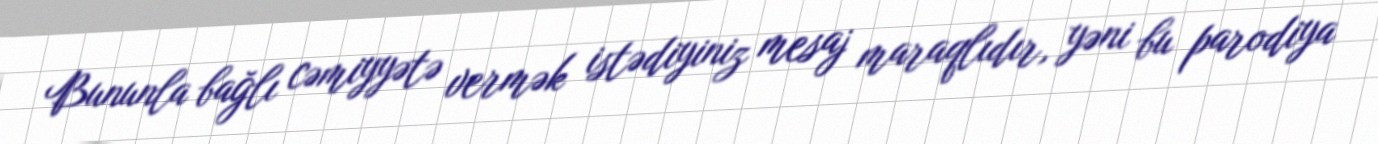
Bununla bağlı cəmiyyətə vermək istədiyiniz mesaj maraqlıdır, yəni bu parodiya